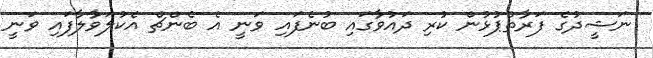
ނަޝީދުގެ ފަރާތްޕުޅުން ކުރި ދައުވާގައި ބުނެފައި ވަނީ އެ ބެންޗް އެކުލަވާލާފައި ވަނީ